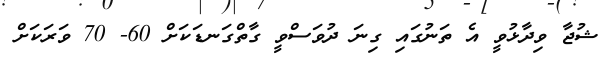
ޝުޖާ ވިދާޅުވީ އެ ތަނުގައި ގިނަ ދުވަސްވީ ގާތްގަނޑަކަށް 60- 70 ވަރަކަށް